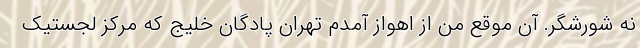
نه شورشگر. آن موقع من از اهواز آمدم تهران پادگان خلیج که مرکز لجستیک